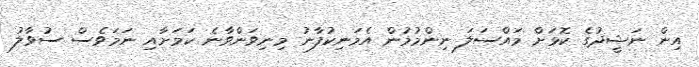
އިން ނަޝީދުގެ ކޮޅަށް މައްސަލަ ނިންމުމުން އެމަނިކުފާނު މިނިވަންވާނެ ކަމަށާއި ނަމަވެސް ސުވާލު